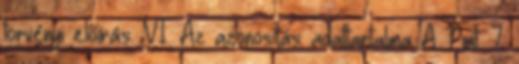
törvényi előírás. VI. Az azonosítás adattartalma A Pmt. 7.